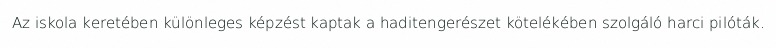
Az iskola keretében különleges képzést kaptak a haditengerészet kötelékében szolgáló harci pilóták.